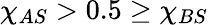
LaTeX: \chi_{AS}>0.5\geq\chi_{BS}